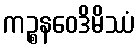
ကဉ္စနဝေဒိမိဿံ